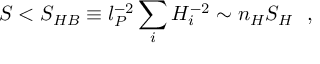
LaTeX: S < S _ { H B } \equiv l _ { P } ^ { - 2 } \sum _ { i } H _ { i } ^ { - 2 } \sim n _ { H } S _ { H } ~ ~ ,